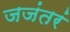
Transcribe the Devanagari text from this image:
जजंतरं